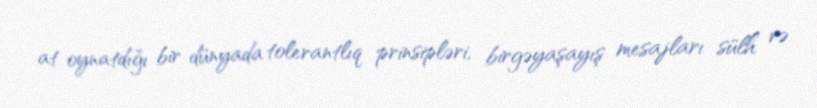
at oynatdığı bir dünyada tolerantlıq prinsipləri, birgəyaşayış mesajları sülh və